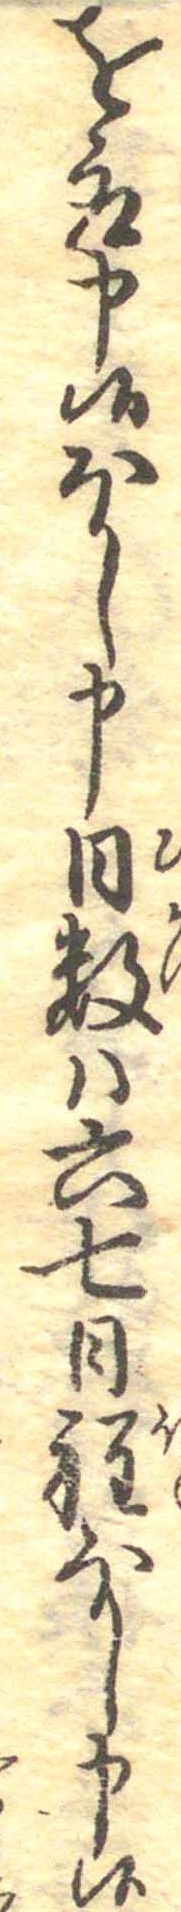
を取申候ほし申日数は六七日程ほし申候